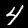
Digit: 4